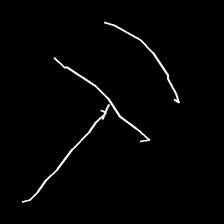
Glyph: dispersion